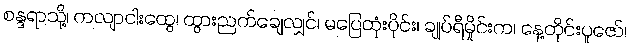
စန္ဒရာသို့၊ ကလျာငါးထွေ၊ ထွားညက်ချေလျှင်၊ မပြေထုံးပိုင်း၊ ချုပ်ရီမှိုင်းက၊ နေ့တိုင်းပူဇော်၊